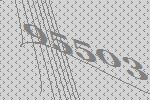
95503